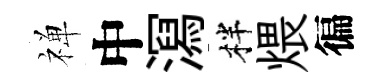
禅中㵼柈煨徧